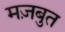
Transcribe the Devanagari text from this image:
मज़बुत